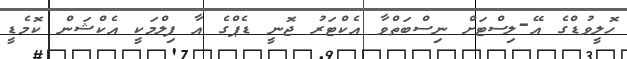
ހޮލީވުޑްގެ އޭ-ލިސްޓަށް ނިސްބަތްވާ އެކްޓަރު ޖޮނީ ޑެޕްގެ އާ ފިލްމަކީ އެކްޝަން ކޮމެޑީ